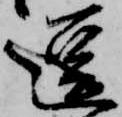
逗